Subject: q-fin
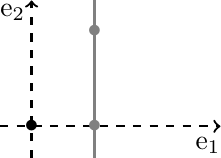
LaTeX code:
\begin{tikzpicture}[scale=0.8]
\draw[thick,dashed,->] (-0.5,0)--(3,0);
\draw[thick,dashed,->] (0,-0.5)--(0,2);
\draw[thick,gray] (1,-0.5) -- (1,2);
\node at (0,0) {$\bullet$};
\node at (1,0) {\color{gray}$\bullet$};
\node at (1,1.5) {\color{gray}$\bullet$};
\node at (-0.3,1.8) {e${}_2$};
\node at (2.8,-0.3) {e${}_1$};
\end{tikzpicture}